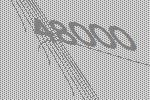
48000